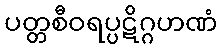
ပတ္တစီဝရပ္ပဋိဂ္ဂဟဏံ